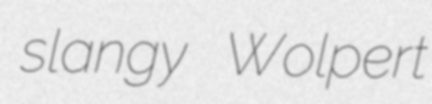
slangy Wolpert